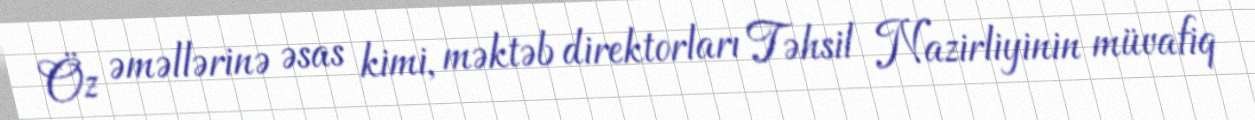
Öz əməllərinə əsas kimi, məktəb direktorları Təhsil Nazirliyinin müvafiq